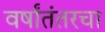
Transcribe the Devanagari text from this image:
वर्षांतंतरचा